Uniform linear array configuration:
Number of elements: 64
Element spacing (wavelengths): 0.5
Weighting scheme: uniform
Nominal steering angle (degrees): -30
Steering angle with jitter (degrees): -29.763
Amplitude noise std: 0.05
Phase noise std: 0.05

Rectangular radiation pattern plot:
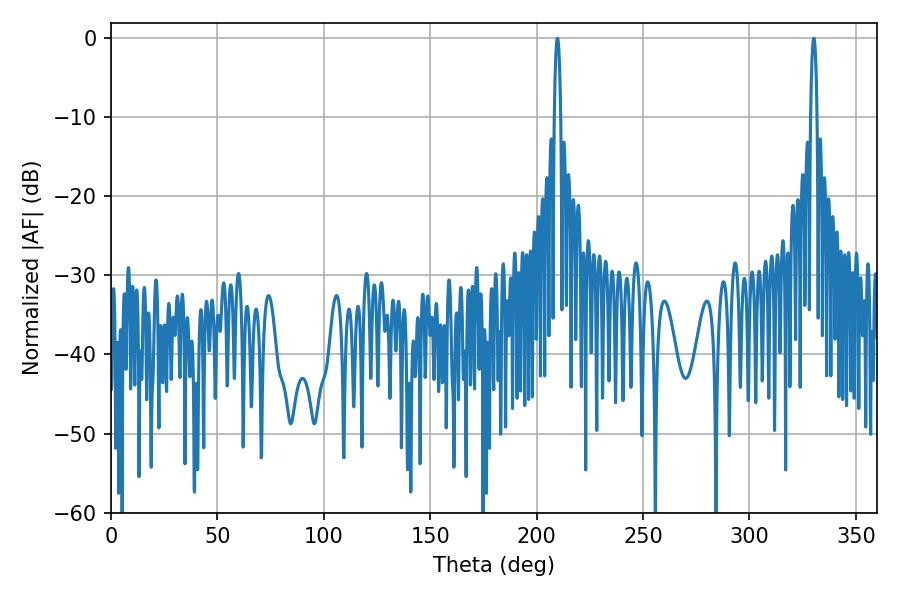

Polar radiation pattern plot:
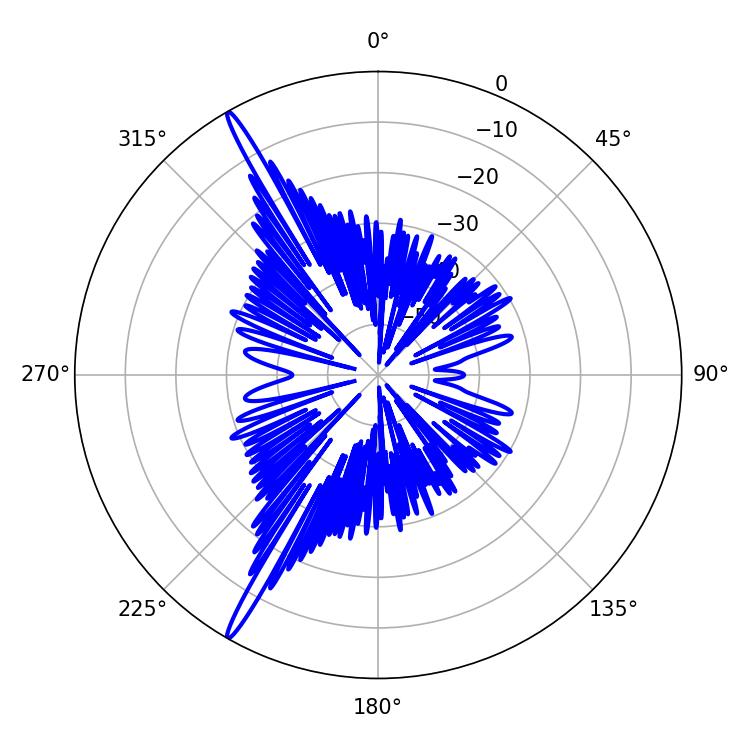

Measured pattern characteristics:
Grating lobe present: FALSE
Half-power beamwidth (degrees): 1.62
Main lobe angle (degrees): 209.7